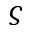
\varsigma